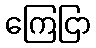
ကြေငြာ